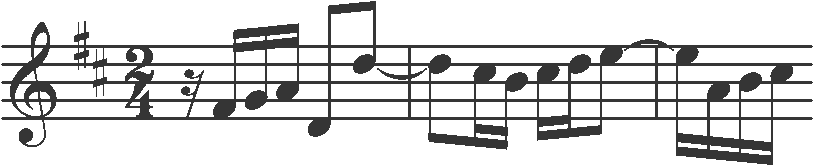
Transcription: clef-G2 keySignature-DM timeSignature-2/4 rest-sixteenth note-F#4_sixteenth note-G4_sixteenth note-A4_sixteenth note-D4_eighth note-D5_eighth tie barline note-D5_eighth note-C#5_sixteenth note-B4_sixteenth note-C#5_sixteenth note-D5_sixteenth note-E5_eighth tie barline note-E5_sixteenth note-A4_sixteenth note-B4_sixteenth note-C#5_sixteenth